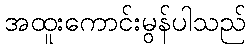
အထူးကောင်းမွန်ပါသည်